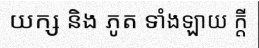
យក្ស និង ភូត ទាំងឡាយ ក្តី